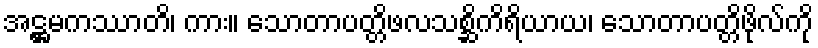
အဋ္ဌမကဿာတိ၊ ကား။ သောတာပတ္တိဖလသစ္ဆိကိရိယာယ၊ သောတာပတ္တိဖိုလ်ကို